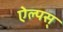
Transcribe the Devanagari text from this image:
ऐल्पस्